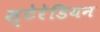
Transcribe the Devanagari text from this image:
स्‍टेरेडियन